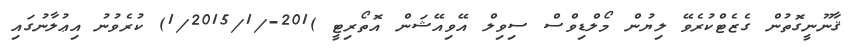
ޤާނޫނީގޮތުން ގެޒެޓްކުރެވޭ ލިޔުން މޯލްޑިވްސް ސިވިލް އޭވިއޭޝަން އޮތޯރިޓީ )201-/1/2015/1) ކުރެވުނު އިޢުލާނުގައި